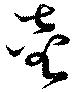
坴